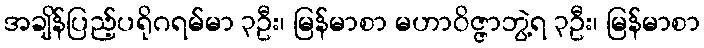
အချိန်ပြည့်ပရိုဂရမ်မာ ၃ဦး၊ မြန်မာစာ မဟာဝိဇ္ဇာဘွဲ့ရ ၃ဦး၊ မြန်မာစာ